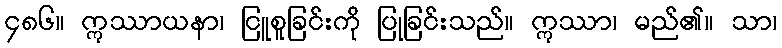
၄၈၆။ ဣဿာယနာ၊ ငြူစူခြင်းကို ပြုခြင်းသည်။ ဣဿာ၊ မည်၏။ သာ၊